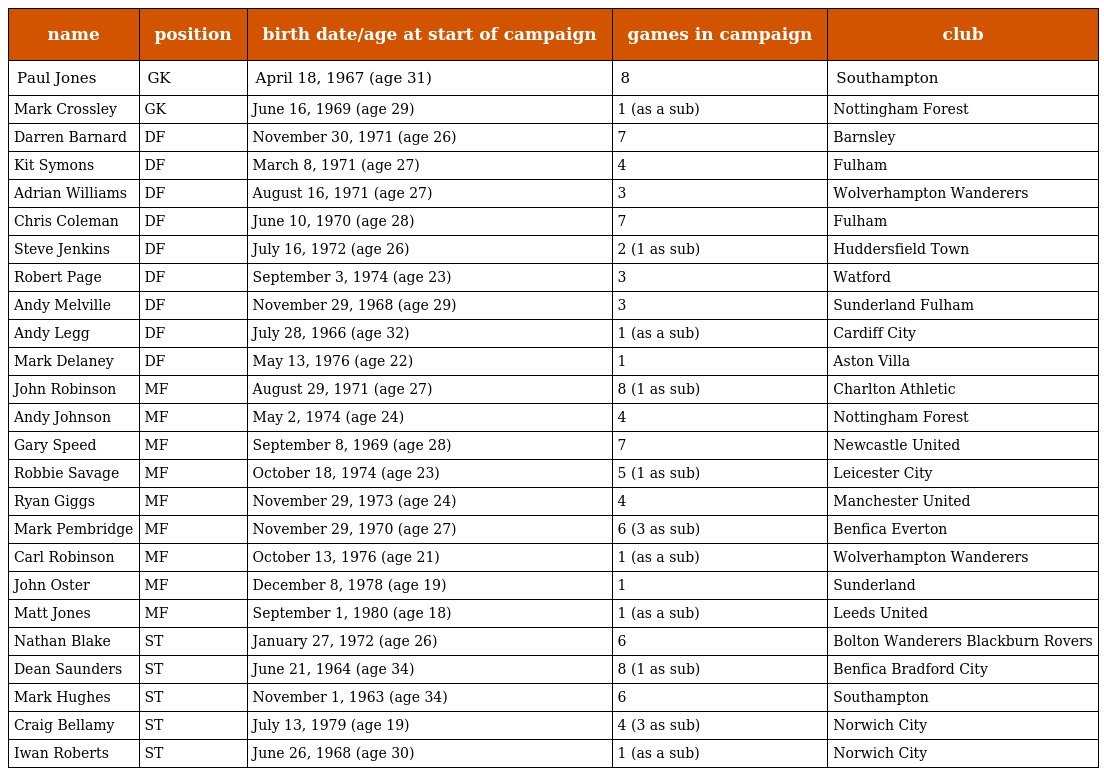
| name | position | birth date/age at start of campaign | games in campaign | club |
 | --- | --- | --- | --- | --- |
 | Paul Jones | GK | April 18, 1967 (age 31) | 8 | Southampton |
 | Mark Crossley | GK | June 16, 1969 (age 29) | 1 (as a sub) | Nottingham Forest |
 | Darren Barnard | DF | November 30, 1971 (age 26) | 7 | Barnsley |
 | Kit Symons | DF | March 8, 1971 (age 27) | 4 | Fulham |
 | Adrian Williams | DF | August 16, 1971 (age 27) | 3 | Wolverhampton Wanderers |
 | Chris Coleman | DF | June 10, 1970 (age 28) | 7 | Fulham |
 | Steve Jenkins | DF | July 16, 1972 (age 26) | 2 (1 as sub) | Huddersfield Town |
 | Robert Page | DF | September 3, 1974 (age 23) | 3 | Watford |
 | Andy Melville | DF | November 29, 1968 (age 29) | 3 | Sunderland Fulham |
 | Andy Legg | DF | July 28, 1966 (age 32) | 1 (as a sub) | Cardiff City |
 | Mark Delaney | DF | May 13, 1976 (age 22) | 1 | Aston Villa |
 | John Robinson | MF | August 29, 1971 (age 27) | 8 (1 as sub) | Charlton Athletic |
 | Andy Johnson | MF | May 2, 1974 (age 24) | 4 | Nottingham Forest |
 | Gary Speed | MF | September 8, 1969 (age 28) | 7 | Newcastle United |
 | Robbie Savage | MF | October 18, 1974 (age 23) | 5 (1 as sub) | Leicester City |
 | Ryan Giggs | MF | November 29, 1973 (age 24) | 4 | Manchester United |
 | Mark Pembridge | MF | November 29, 1970 (age 27) | 6 (3 as sub) | Benfica Everton |
 | Carl Robinson | MF | October 13, 1976 (age 21) | 1 (as a sub) | Wolverhampton Wanderers |
 | John Oster | MF | December 8, 1978 (age 19) | 1 | Sunderland |
 | Matt Jones | MF | September 1, 1980 (age 18) | 1 (as a sub) | Leeds United |
 | Nathan Blake | ST | January 27, 1972 (age 26) | 6 | Bolton Wanderers Blackburn Rovers |
 | Dean Saunders | ST | June 21, 1964 (age 34) | 8 (1 as sub) | Benfica Bradford City |
 | Mark Hughes | ST | November 1, 1963 (age 34) | 6 | Southampton |
 | Craig Bellamy | ST | July 13, 1979 (age 19) | 4 (3 as sub) | Norwich City |
 | Iwan Roberts | ST | June 26, 1968 (age 30) | 1 (as a sub) | Norwich City |